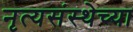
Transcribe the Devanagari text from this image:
नृत्यसंस्थेच्या